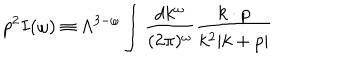
p ^ { 2 } I ( \omega ) \equiv \Lambda ^ { 3 - \omega } \int { \frac { d k ^ { \omega } } { ( 2 \pi ) ^ { \omega } } } { \frac { k \cdot p } { k ^ { 2 } | k + p | } }